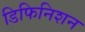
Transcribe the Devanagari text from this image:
डिफिनिशन